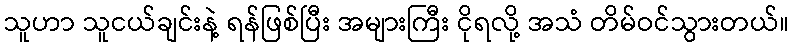
သူဟာ သူငယ်ချင်းနဲ့ ရန်ဖြစ်ပြီး အများကြီး ငိုရလို့ အသံ တိမ်ဝင်သွားတယ်။